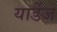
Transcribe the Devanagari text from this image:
यार्डेज